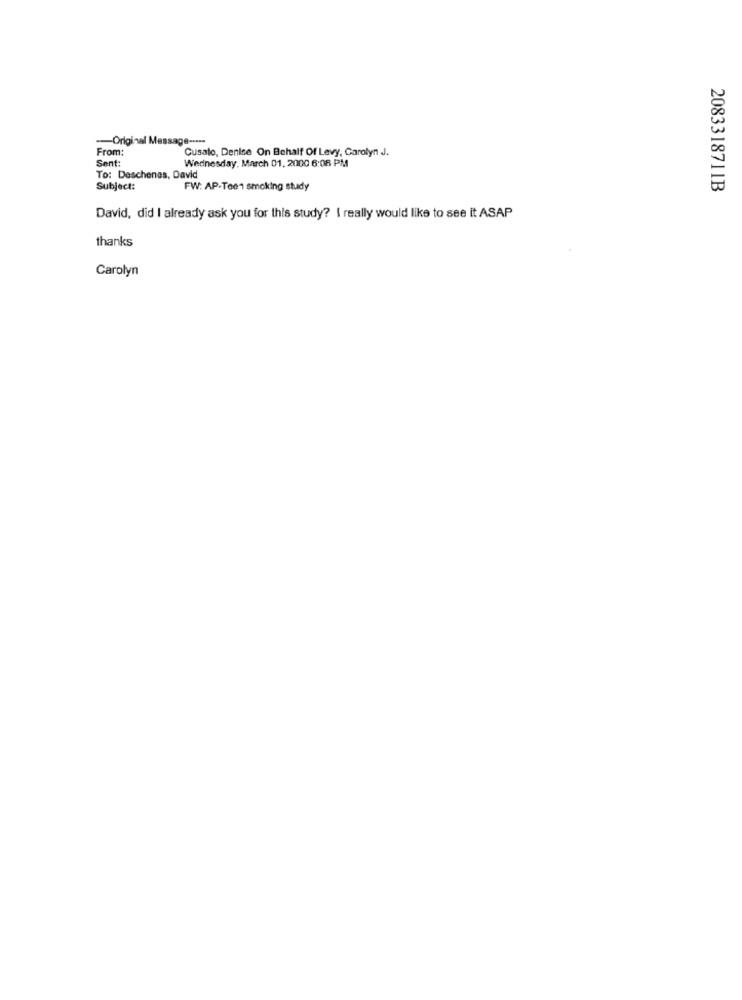
-Original Message -....
From:
Sent:
Wednesday, March 01, 2000 6:08 PM
Cusato, Denise On Behalf Of Levy, Carolyn J.
To: Deschenes, David
Subject:
FW: AP-Teen smoking study
2083318711B
David, did I already ask you for this study? I really would like to see it ASAP
thanks
Carolyn